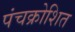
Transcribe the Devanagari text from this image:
पंचक्रोशित